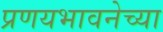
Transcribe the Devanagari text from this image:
प्रणयभावनेच्या